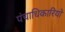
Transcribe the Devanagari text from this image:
पंचाधिकारियों